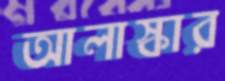
আলাস্কার